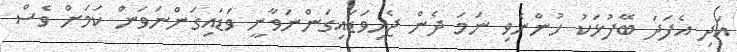
އަދި އެފަދަ ބޭފުޅަކު ހުންނެވި ނަމަ ދެން ޖެހިވަޑައިގަންނަވާނީ ވަޑައިގަންނަވަން ކަމަށް ވެސް